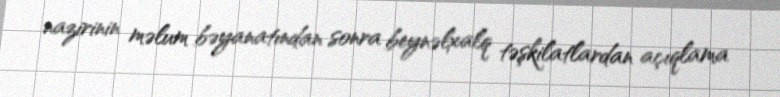
nazirinin məlum bəyanatından sonra beynəlxalq təşkilatlardan açıqlama